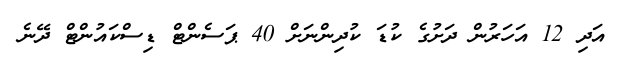
އަދި 12 އަހަރުން ދަށުގެ ކުޑަ ކުދިންނަށް 40 ޕަސެންޓް ޑިސްކައުންޓް ދޭނެ